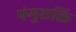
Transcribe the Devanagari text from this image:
पंगुशक्ति